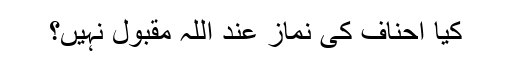
کیا احناف کی نماز عند اللہ مقبول نہیں؟